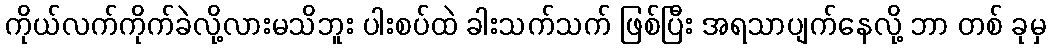
ကိုယ်လက်ကိုက်ခဲလို့လားမသိဘူး ပါးစပ်ထဲ ခါးသက်သက် ဖြစ်ပြီး အရသာပျက်နေလို့ ဘာ တစ် ခုမှ